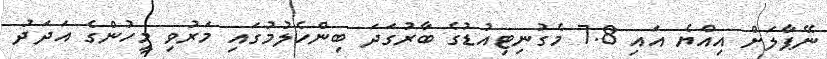
ނޭޕާލަށް އިއްޔެ އައި 7.8 މެގުނިޓިއުޑުގެ ބާރުގަދަ ބިންހެލުމުގައި މަރުވި މީހުންގެ އަދަދު